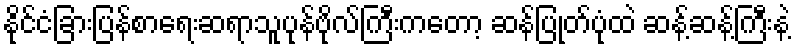
နိုင်ငံခြားပြန်စာရေးဆရာသူပုန်ဗိုလ်ကြီးကတော့ ဆန်ပြုတ်ပုံထဲ ဆန့်ဆန့်ကြီးနဲ့